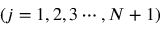
( j = 1 , 2 , 3 \cdots , N + 1 )